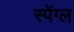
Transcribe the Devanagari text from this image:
स्पेंग्ल